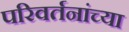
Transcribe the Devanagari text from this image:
परिवर्तनांच्या